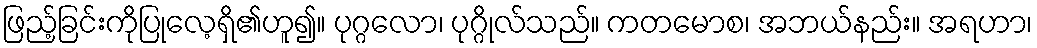
ဖြည့်ခြင်းကိုပြုလေ့ရှိ၏ဟူ၍။ ပုဂ္ဂလော၊ ပုဂ္ဂိုလ်သည်။ ကတမောစ၊ အဘယ်နည်း။ အရဟာ၊